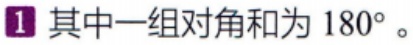
其中一组对角和为 \(180^{\circ}\)。